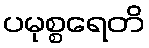
ပမုစ္စရေတိ